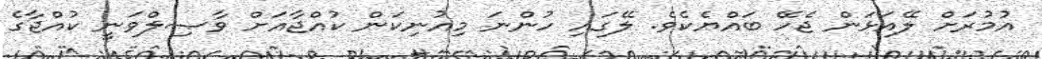
އުމުރަށް ލޭއަޅަން ޖެހޭ ބައްޔެކެވެ. ލޭގައި ހުންނަ މިއުނިކަން ކުއްޖާއަށް ވާޞިލްވަނީ ކުއްޖާގެ